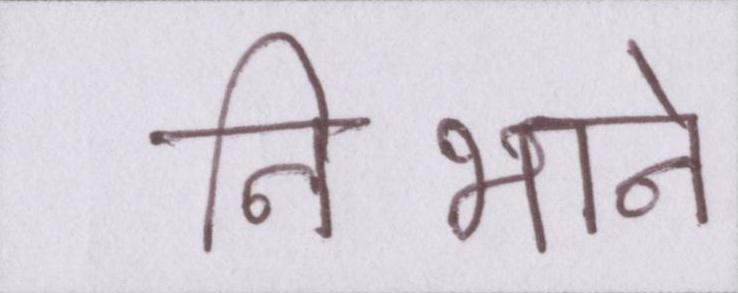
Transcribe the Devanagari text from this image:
निभाने